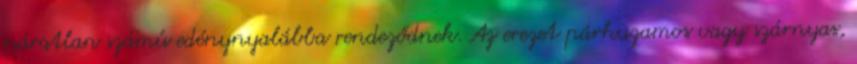
páratlan számú edénynyalábba rendeződnek. Az erezet párhuzamos vagy szárnyas,